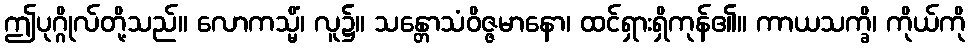
ဤပုဂ္ဂိုလ်တို့သည်။ လောကသ္မိံ၊ လူ၌။ သန္တောသံဝိဇ္ဇမာနော၊ ထင်ရှားရှိကုန်၏။ ကာယသက္ခိ၊ ကိုယ်ကို